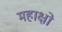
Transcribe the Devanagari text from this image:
महाक्षो